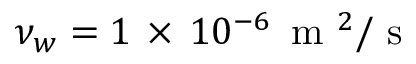
\nu _ { w } = 1 \, \times \, 1 0 ^ { - 6 } \, \mathrm { ~ m ~ } ^ { 2 } / \mathrm { ~ s ~ }